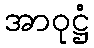
အာဝုဋ္ဌံ